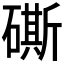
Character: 𥕶